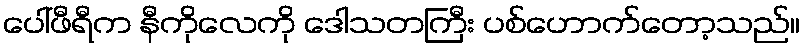
ပေါ်ဖီရီက နီကိုလေကို ဒေါသတကြီး ပစ်ဟောက်တော့သည်။